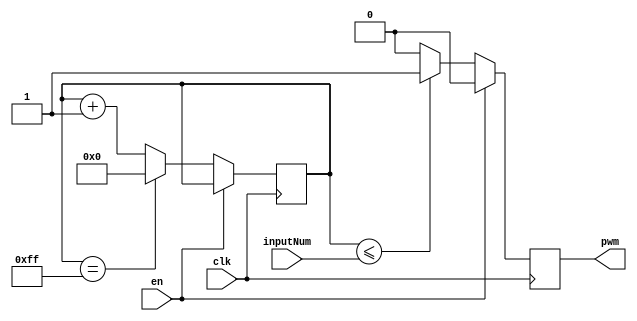
//  x = 0-255 x/255  PWM 

module PWMDriver(
    input clk,
    input [7:0] inputNum,
    input en,
    output reg pwm
);

    reg [7:0] count;

    always @(negedge clk) begin
        if (~en) begin
            if (count <= inputNum)
                pwm <= 1;
            else
                pwm <= 0;

            if (count == 255)
                count <= 0;
            else
                count <= count + 1;
        end else begin
            pwm <= 0;
        end
    end

endmodule